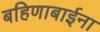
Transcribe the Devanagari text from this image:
बहिणाबाईना